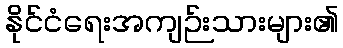
နိုင်ငံရေးအကျဉ်းသားများ၏